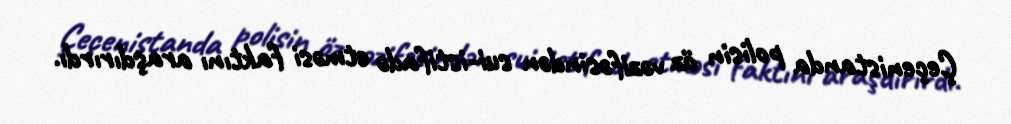
Çeçenistanda polisin öz vəzifəsindən sui-istifadə etməsi faktını araşdırırdı.